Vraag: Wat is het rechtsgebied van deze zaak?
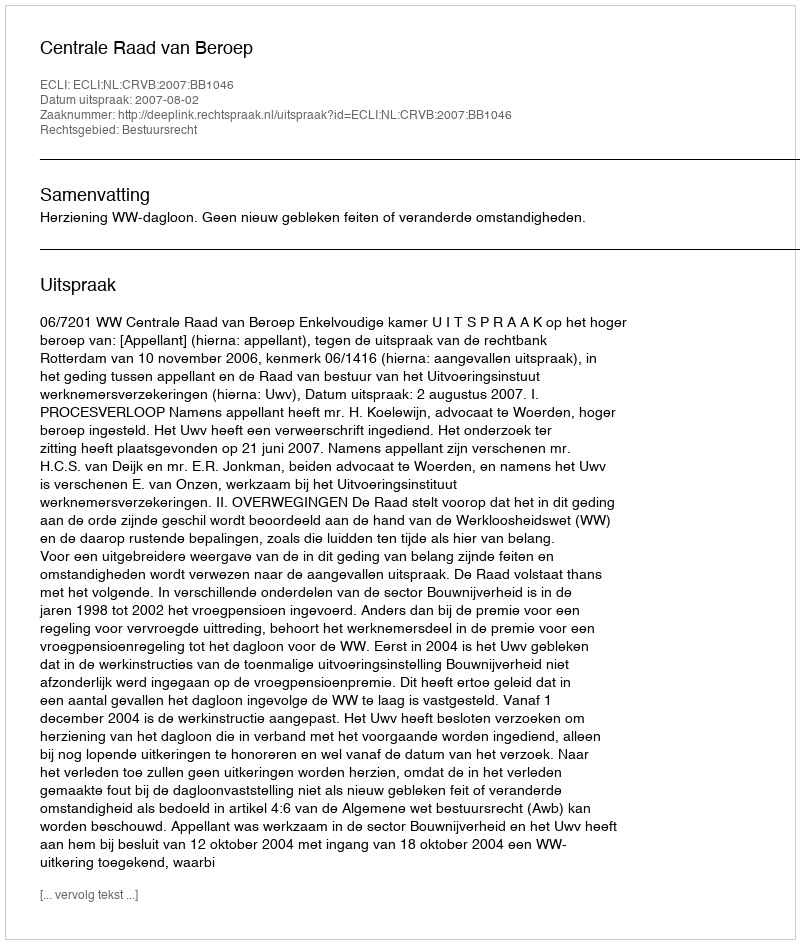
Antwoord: Bestuursrecht